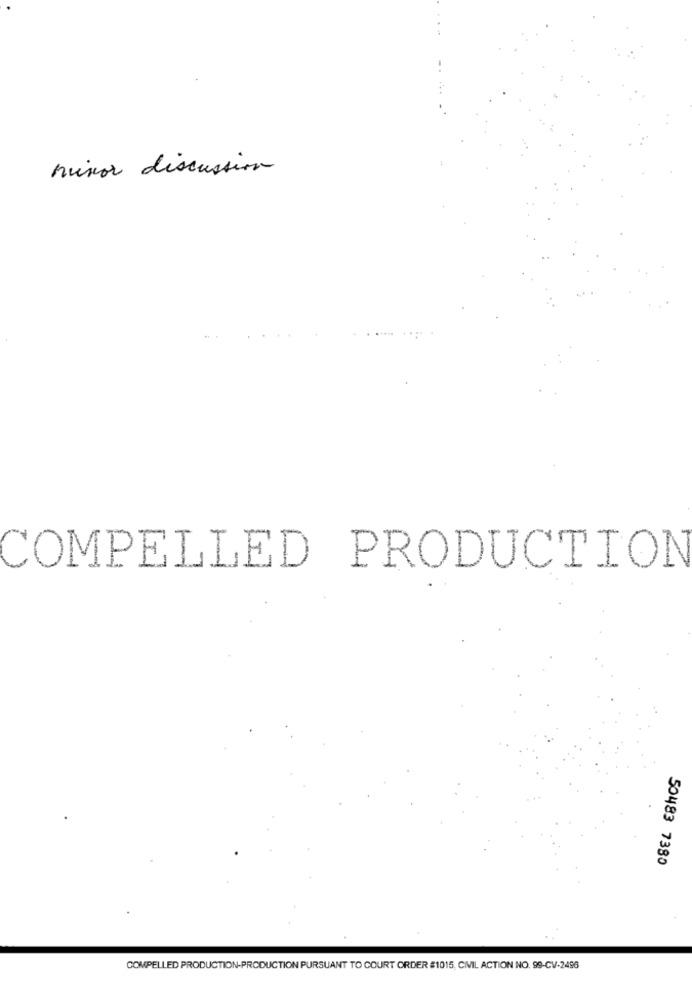
minor discussion
COMPELLED PRODUCTION
50483 7380
COMPELLED PRODUCTION-PRODUCTION PURSUANT TO COURT ORDER #1015, CIVIL ACTION NO. 99-CV-2496